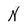
Character: N